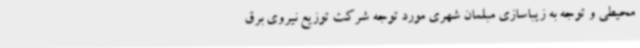
محیطی و توجه به زیباسازی مبلمان شهری مورد توجه شرکت توزیع نیروی برق